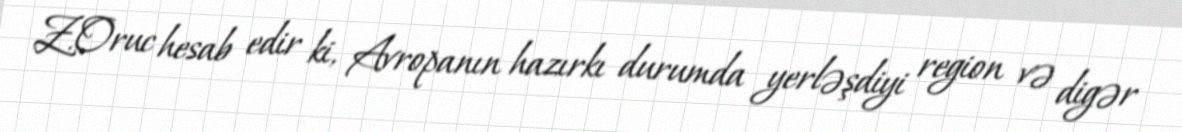
Z.Oruc hesab edir ki, Avropanın hazırkı durumda yerləşdiyi region və digər